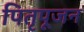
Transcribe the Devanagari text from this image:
पितृपूजन